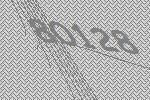
80128